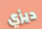
ديزي